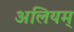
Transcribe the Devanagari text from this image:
अलियम्